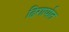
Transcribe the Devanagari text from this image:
ढिगार्यात